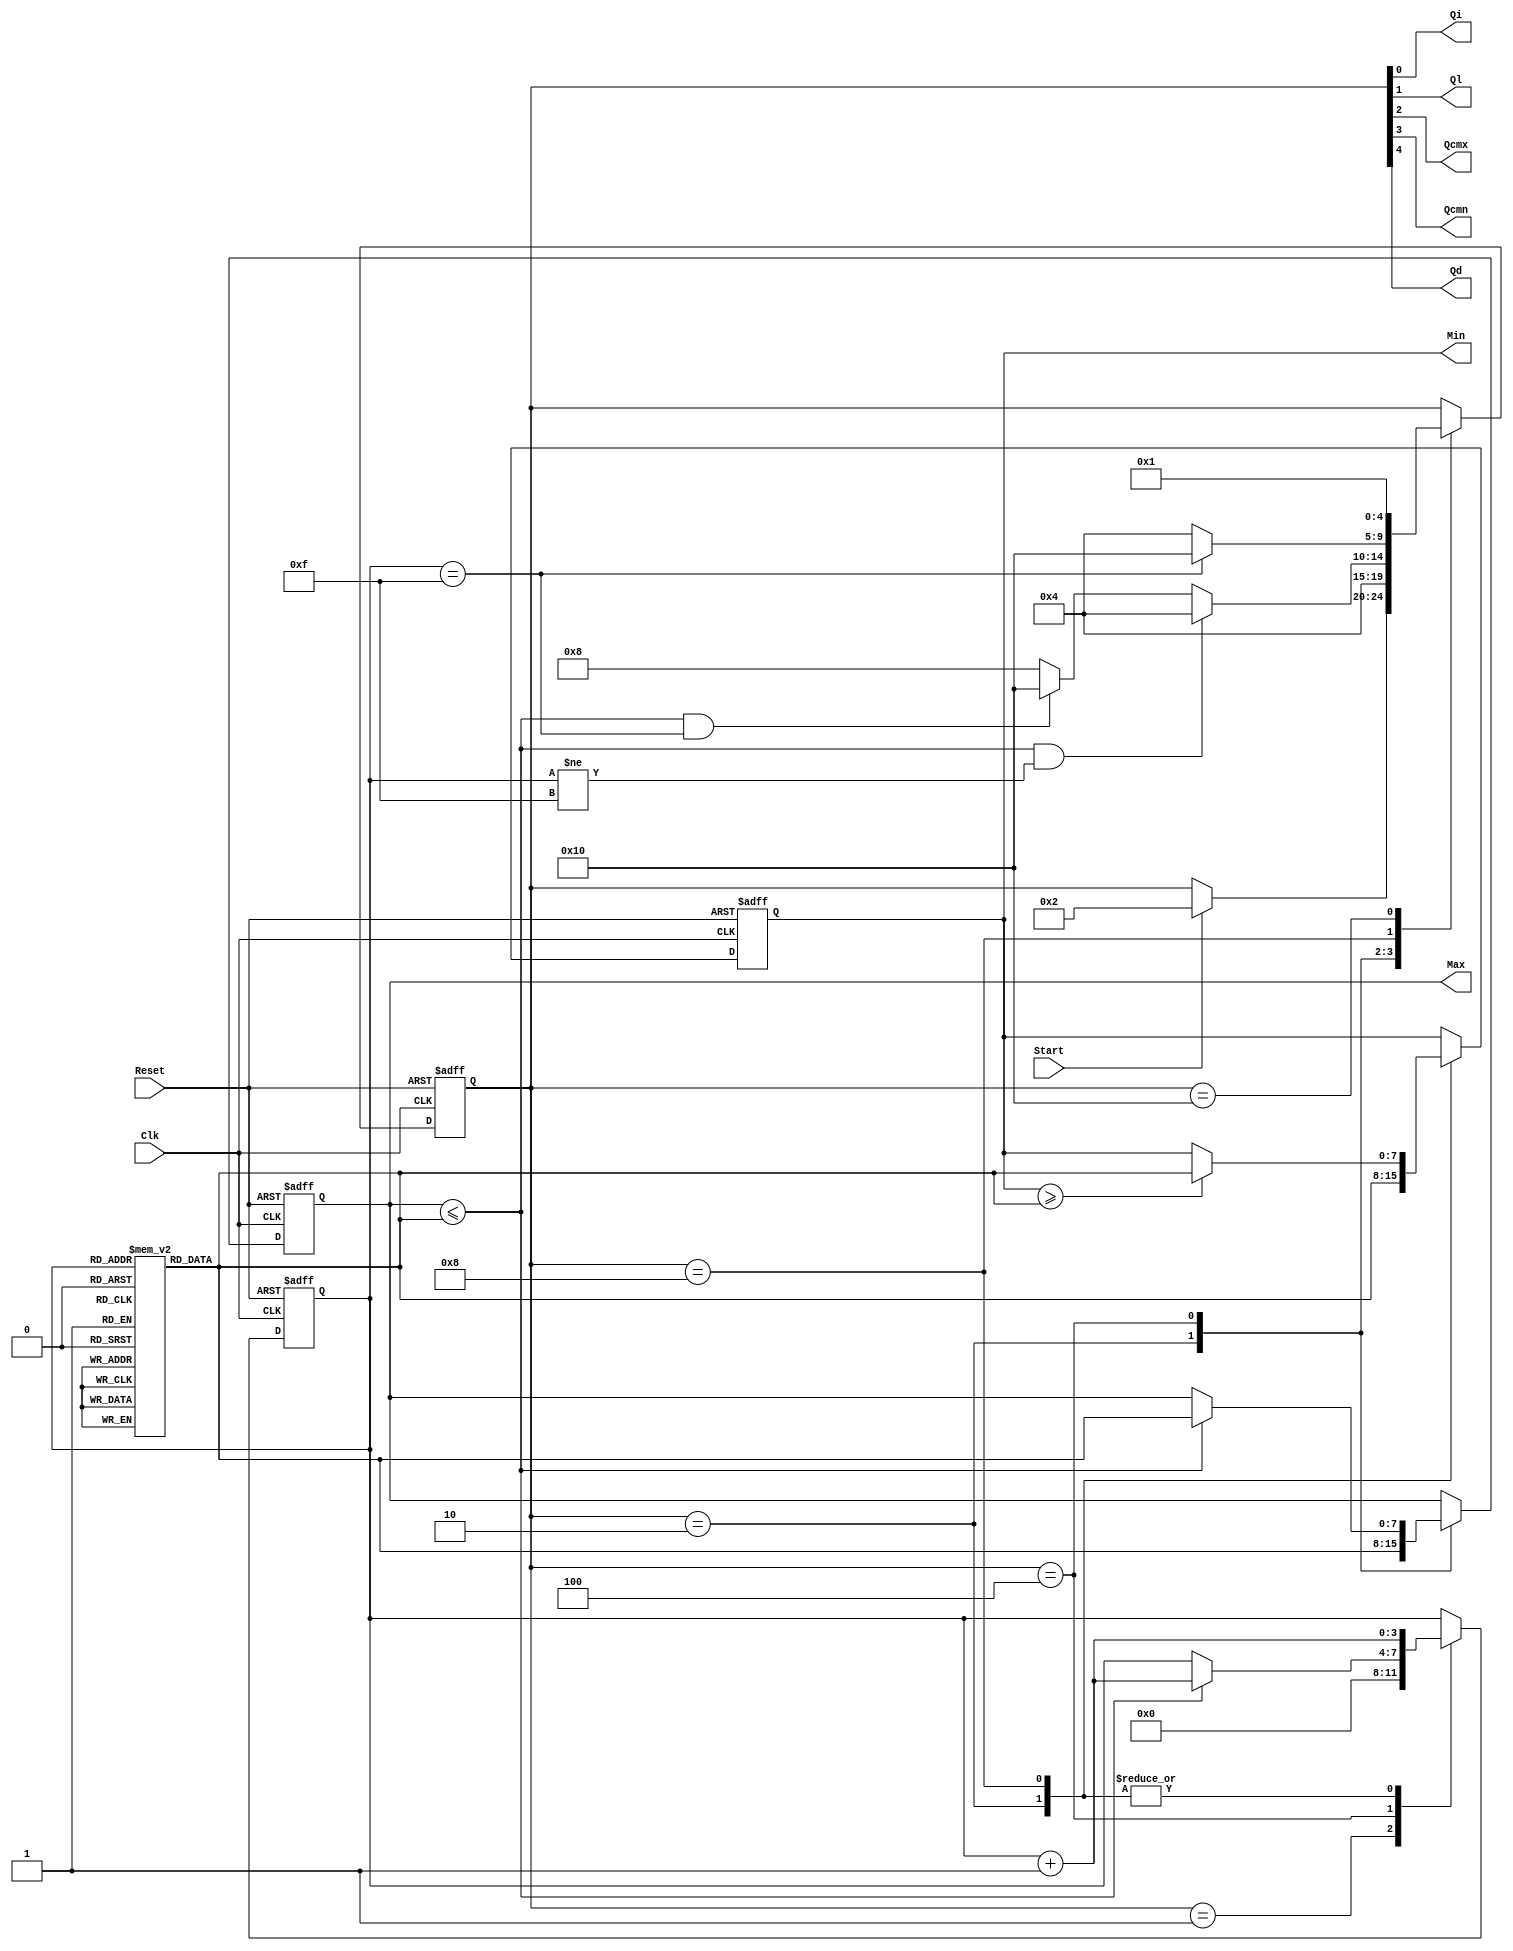
// EE457 RTL Exercises
// min_max_finder_part2.v (Part 2 uses one conparison units)
// Written by Nasir Mohyuddin, Gandhi Puvvada 
// June 2, 2010, 
// Given an array of 16 unsigned 8-bit numbers, we need to find the maximum and the minimum number
 

`timescale 1 ns / 100 ps

module min_max_finder_part2 (Max, Min, Start, Clk, Reset, 
				           Qi, Ql, Qcmx, Qcmn, Qd);

input Start, Clk, Reset;
output [7:0] Max, Min;
output Qi, Ql, Qcmx, Qcmn, Qd;

reg [7:0] M [0:15]; 
reg [4:0] state;
reg [7:0] Max;
reg [7:0] Min;
reg [3:0] I;

localparam 
INI  = 	5'b00001, // "Initial" state
LOAD = 	5'b00010, // "Load Max and Min with 1st Element" state
CMx = 	5'b00100, // "1st Compare with the Max and Update Max if needed" state
CMn = 	5'b01000, // "Next Compare with Min and Update Min if needed" state
DONE = 	5'b10000; // "Done finding Min and Max" state

         
         
assign {Qd, Qcmn, Qcmx, Ql, Qi} = state;

always @(posedge Clk, posedge Reset) 

  begin  : CU_n_DU
    if (Reset)
       begin
         state <= INI;
         I <= 4'b0000;
	      Max <= 8'bxxxxxxxx;
	      Min <= 8'bxxxxxxxx;
	    end
    else
       begin
           case (state)
	        INI	: 
	          begin
		         // state transitions in the control unit
		         if (Start)
		           state <= LOAD;
		         // RTL operations in the Data Path            	              
		         I <= 0;
	          end
	        LOAD	:
	          begin
		           // RTL operations in the Data Path  
					Max <= M[I];
					Min <= M[I];
					I <= I + 1'b1;
				   
		           // state transitions in the control unit
					state = CMx;
 	          end
	        
	        CMx :
	          begin 
	             // RTL operations in the Data Path   		                  
					if ( Max <= M[I] )
					begin
						Max <= M[I];
						I <= I + 1;
					end
					
			   // state transitions in the control unit
			   		if ( Max <= M[I]  && I != 4'b1111)
						state = CMx;
					else if ( Max <= M[I] && I == 4'b1111 )
						state = DONE;
					else
						state = CMn;
			  end
	        CMn :
	          begin 
	             // RTL operations in the Data Path   		                  
					I <= I + 1'b1;
					if ( Min >= M[I] )
					begin
						Min <= M[I];
						
					end
				 // state transitions in the control unit   
					if ( I == 4'b1111 )
						state = DONE;
					else
						state = CMx;
			  end
	        
	        DONE	:
	          begin  
		         // state transitions in the control unit
		           state <= INI; // Transit to INI state unconditionally
		       end    
      endcase
    end 
  end 
endmodule